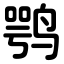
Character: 鹗